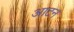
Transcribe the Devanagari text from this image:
आटन